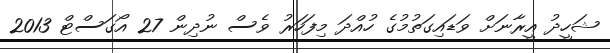
ޝަހީދު އީރާނަށް ވަޑައިގަތުމުގެ ހުއްދަ މިފަހަރު ވެސް ނުދިން 27 އޯގަސްޓް 2013